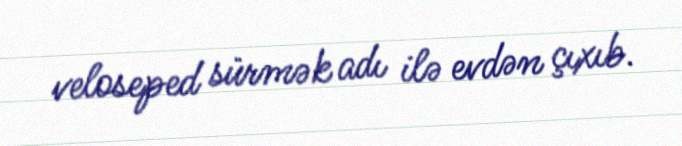
veloseped sürmək adı ilə evdən çıxıb.